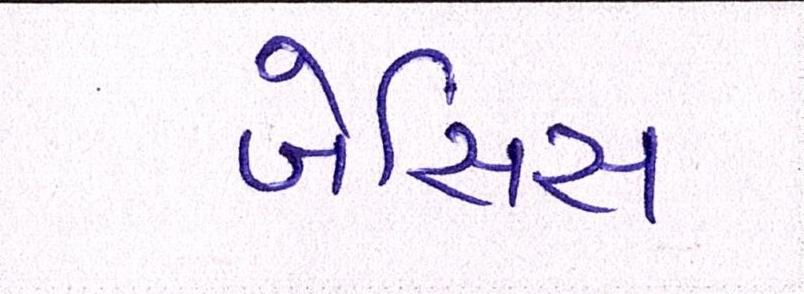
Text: બેસિસ